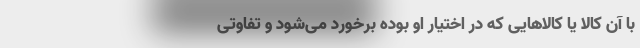
با آن کالا یا کالاهایی که در اختیار او بوده برخورد می‌شود و تفاوتی